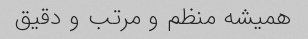
همیشه منظم و مرتب و دقیق